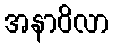
အနာဝိလာ